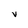
Character: V